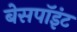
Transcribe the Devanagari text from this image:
बेसपॉइंट